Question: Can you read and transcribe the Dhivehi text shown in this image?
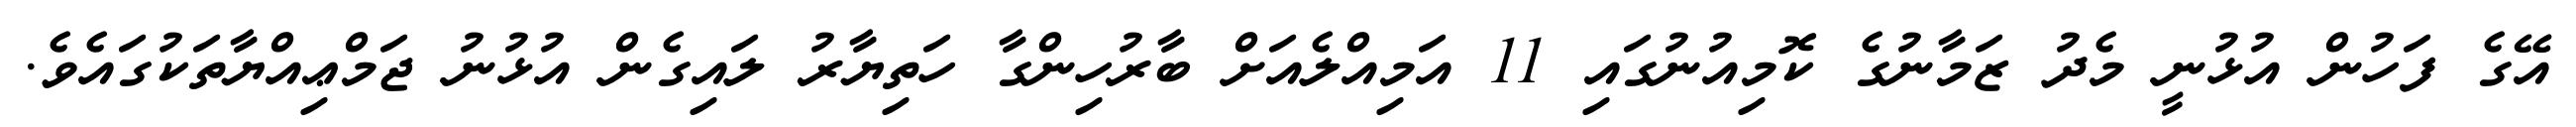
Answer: އޭގެ ފަހުން އުޅުނީ މެދު ޒަމާނުގެ ކޮމިއުނުގައި 11 އަމިއްލެއަށް ބާރުހިންގާ ހަތިޔާރު ލައިގެން އުޅުނު ޖަމްޢިއްޔާތަކުގައެވެ.